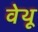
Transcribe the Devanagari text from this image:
वेथू